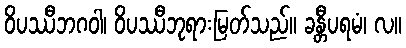
ဝိပဿီဘဂဝါ၊ ဝိပဿီဘုရားမြတ်သည်။ ခန္တီပရမံ၊ လ။